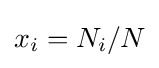
x_{i}=N_{i}/N